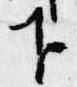
下